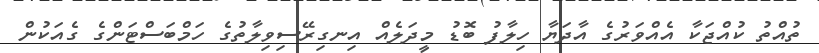
ތުއްތު ކުއްޖަކާ އެއްވަރުގެ އާދަޔާ ހިލާފު ބޮޑު މީދަލެއް އިނގިރޭސިވިލާތުގެ ހަމްބަސްޓަންގެ ގެއަކުން